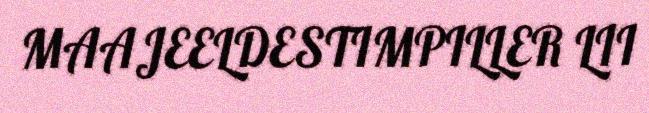
MAAJEELDESTIMPILLER LII